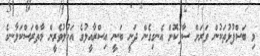
މި ބަސްފުޅުތަކުން ވަރަށް ސާފުކޮށް އެނގިގެން ދަނީ ބަނީ އިސްރާއީލުގެ އަހުލުވެރީން މާތްރަސްކަލާނގެ